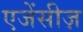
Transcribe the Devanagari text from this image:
एजेंसीज़